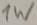
Text: 2x